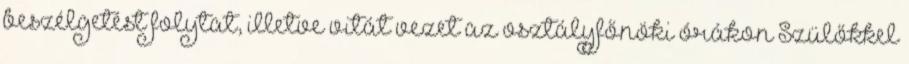
beszélgetést folytat, illetve vitát vezet az osztályfőnöki órákon Szülőkkel